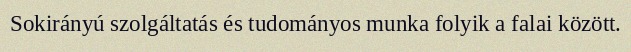
Sokirányú szolgáltatás és tudományos munka folyik a falai között.